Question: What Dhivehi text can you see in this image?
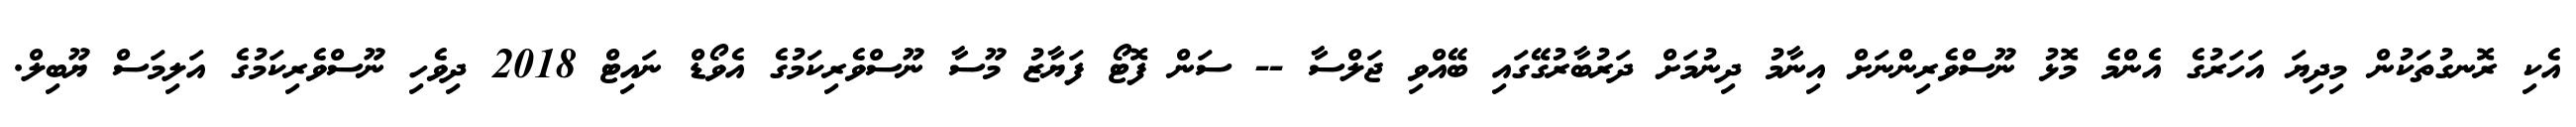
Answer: އެކި ރޮނގުތަކުން މިދިޔަ އަހަރުގެ އެންމެ މޮޅު ނޫސްވެރިންނަށް އިނާމު ދިނުމަށް ދަރުބާރުގޭގައި ބޭއްވި ޖަލްސާ -- ސަން ފޮޓޯ ފަޔާޒު މޫސާ ނޫސްވެރިކަމުގެ އެވޯޑް ނައިޓް 2018 ދިވެހި ނޫސްވެރިކަމުގެ އަލިމަސް ޔޫބިލް.